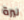
ليرة